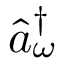
\hat { a } _ { \omega } ^ { \dagger }